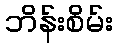
ဘိန်းစိမ်း